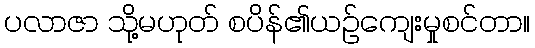
ပလာဇာ သို့မဟုတ် စပိန်၏ယဉ်ကျေးမှုစင်တာ။